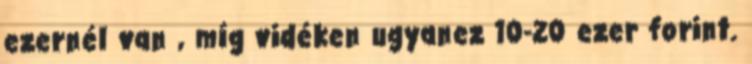
ezernél van , míg vidéken ugyanez 10-20 ezer forint.